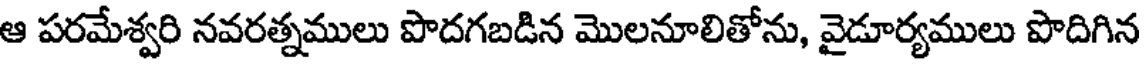
ఆ పరమేశ్వరి నవరత్నములు పొదగబడిన మొలనూలితోను, వైడూర్యములు పొదిగిన